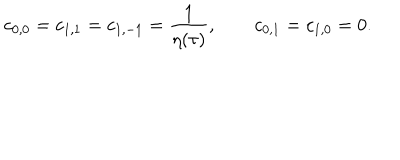
LaTeX: c _ { 0 , 0 } = c _ { 1 , 1 } = c _ { 1 , - 1 } = { \frac { 1 } { \eta ( \tau ) } } , \qquad c _ { 0 , 1 } = c _ { 1 , 0 } = 0 .